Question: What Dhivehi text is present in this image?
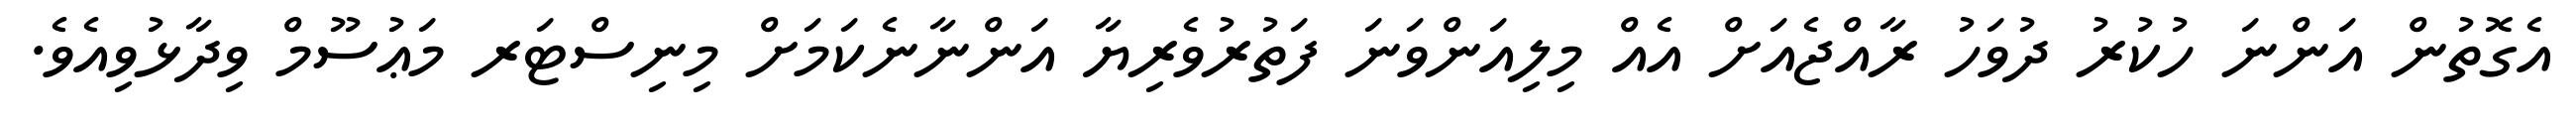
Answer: އެގޮތުން އަންނަ ހުކުރު ދުވަހު ރާއްޖެއަށް އެއް މިލިއަންވަނަ ފަތުރުވެރިޔާ އަންނާނެކަމަށް މިނިސްޓަރ މަޢުސޫމް ވިދާޅުވިއެވެ.